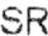
SR